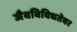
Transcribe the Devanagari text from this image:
जैवविविधतेवर